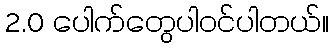
2.0 ပေါက်တွေပါ၀င်ပါတယ်။